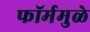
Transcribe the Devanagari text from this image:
फॉर्ममुळे